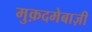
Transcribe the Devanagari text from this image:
मुक़दमेबाज़ी